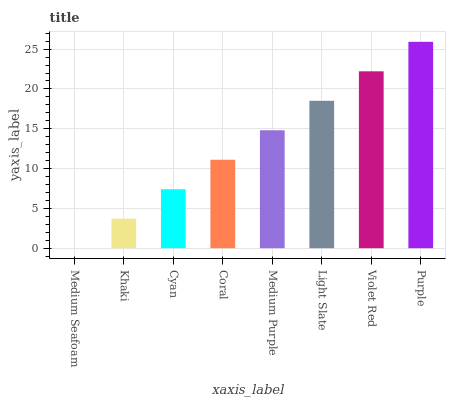
| xaxis_label | bars |
 | --- | --- |
 | Medium Seafoam | 0 |
 | Khaki | 3.7 |
 | Cyan | 7.41 |
 | Coral | 11.1 |
 | Medium Purple | 14.8 |
 | Light Slate | 18.5 |
 | Violet Red | 22.2 |
 | Purple | 25.9 |